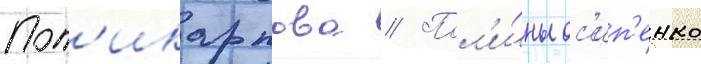
Пол'икарпова // Пол'и́ны ос'ип'енко